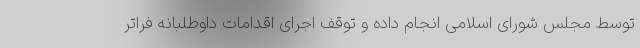
توسط مجلس شورای اسلامی انجام داده و توقف اجرای اقدامات داوطلبانه فراتر